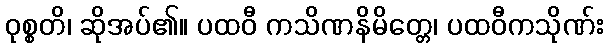
ဝုစ္စတိ၊ ဆိုအပ်၏။ ပထဝီ ကသိဏနိမိတ္တေ၊ ပထဝီကသိုဏ်း